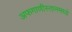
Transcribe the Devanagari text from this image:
अफगाणीस्तानमध्ये